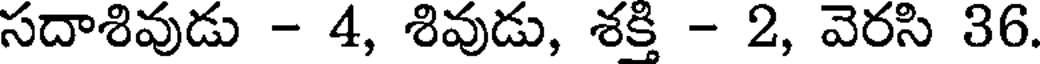
సదాశివుడు - 4, శివుడు, శక్తి - 2, వెరసి 36.